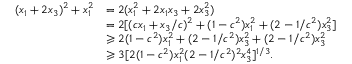
\begin{array} { r l } { ( x _ { 1 } + 2 x _ { 3 } ) ^ { 2 } + x _ { 1 } ^ { 2 } } & { = 2 ( x _ { 1 } ^ { 2 } + 2 x _ { 1 } x _ { 3 } + 2 x _ { 3 } ^ { 2 } ) } \\ & { = 2 [ ( c x _ { 1 } + x _ { 3 } / c ) ^ { 2 } + ( 1 - c ^ { 2 } ) x _ { 1 } ^ { 2 } + ( 2 - 1 / c ^ { 2 } ) x _ { 3 } ^ { 2 } ] } \\ & { \geqslant 2 ( 1 - c ^ { 2 } ) x _ { 1 } ^ { 2 } + ( 2 - 1 / c ^ { 2 } ) x _ { 3 } ^ { 2 } + ( 2 - 1 / c ^ { 2 } ) x _ { 3 } ^ { 2 } } \\ & { \geqslant 3 [ 2 ( 1 - c ^ { 2 } ) x _ { 1 } ^ { 2 } ( 2 - 1 / c ^ { 2 } ) ^ { 2 } x _ { 3 } ^ { 4 } ] ^ { 1 / 3 } . } \end{array}